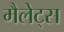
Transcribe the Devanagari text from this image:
मैलेट्स